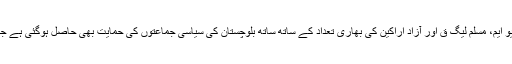
دوسری جانب، پاکستان تحریکِ انصاف کے عمران خان کو ایم کیو ایم، مُسلم لیگ ق اور آزاد اراکین کی بھاری تعداد کے ساتھ ساتھ بلوچستان کی سیاسی جماعتوں کی حمایت بھی حاصل ہوگئی ہے جس کے نتیجے میں اُن کا وزیرِاعظم منتخب ہونا یقینی نظرآتا ہے۔